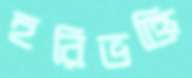
হরিভক্তি